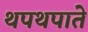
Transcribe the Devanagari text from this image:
थपथपाते